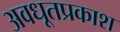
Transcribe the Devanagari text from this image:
अवधूतप्रकाश